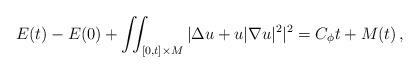
LaTeX: \begin{align*}E(t)-E(0)+\iint_{[0,t]\times M}|\Delta u+u|\nabla u|^2|^2=C_\phi t+M(t)\, ,\end{align*}